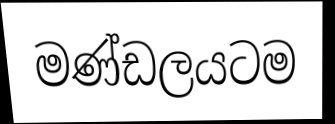
මණ්ඩලයටම